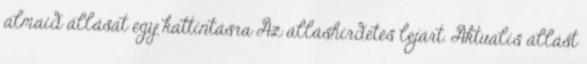
álmaid állását egy kattintásra Az álláshirdetés lejárt. Aktuális állást